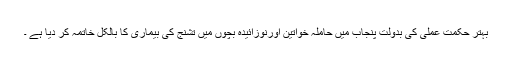
بہتر حکمت عملی کی بدولت پنجاب میں حاملہ خواتین اورنوزائیدہ بچوں میں تشنج کی بیماری کا بالکل خاتمہ کر دیا ہے ۔